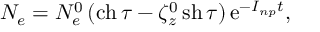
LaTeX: N _ { e } = N _ { e } ^ { 0 } \, ( \mathrm { c h } \, \tau - \zeta _ { z } ^ { 0 } \, \mathrm { s h } \, \tau ) \, \mathrm { e } ^ { - I _ { n p } t } ,